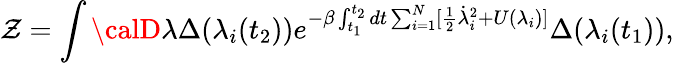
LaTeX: \mathcal{Z}=\int{\calD}\lambda\Delta(\lambda_{i}(t_{2}))e^{-\beta\int_{t_{1}}^{t_{2}}dt\sum_{i=1}^{N}[\frac{{1}}{{2}}\dot{{\lambda}}_{i}^{2}+U(\lambda_{i})]}\Delta(\lambda_{i}(t_{1})),